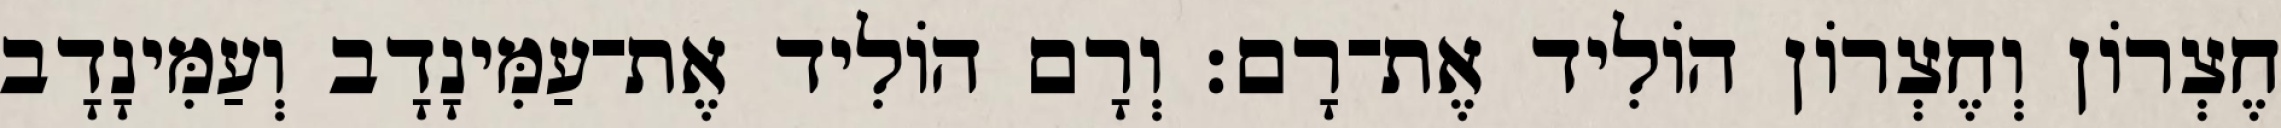
חֶצְרוֹן וְחֶצְרוֹן הוֹלִיד אֶת־רָם׃ וְרָם הוֹלִיד אֶת־עַמִּינָדָב וְעַמִּינָדָב